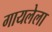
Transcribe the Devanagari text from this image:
गायलेला